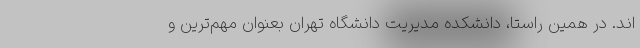
اند. در همین راستا، دانشکده مدیریت دانشگاه تهران بعنوان مهم‌ترین و